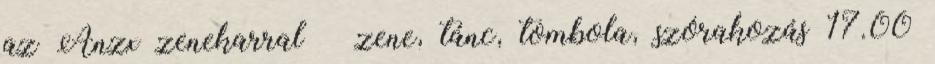
az Anzx zenekarral – zene, tánc, tombola, szórakozás 17.00